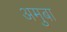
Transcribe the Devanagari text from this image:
अमुबा